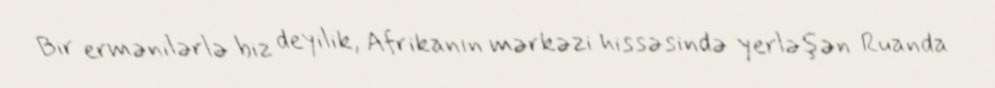
Bir ermənilərlə biz deyilik, Afrikanın mərkəzi hissəsində yerləşən Ruanda